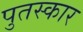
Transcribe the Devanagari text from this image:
पुतस्कार